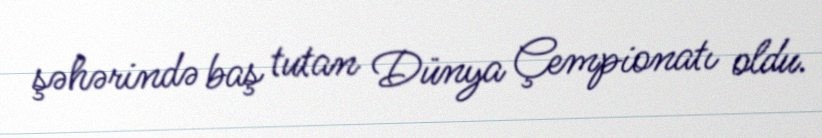
şəhərində baş tutan Dünya Çempionatı oldu.